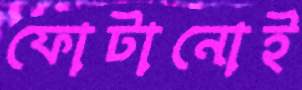
ফোটানোই